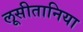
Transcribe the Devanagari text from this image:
लूसीतानिया